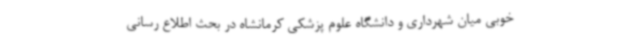
خوبی میان شهرداری و دانشگاه علوم پزشکی کرمانشاه در بحث اطلاع رسانی